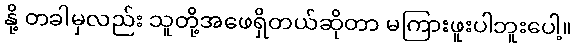
နို့ တခါမှလည်း သူတို့အဖေရှိတယ်ဆိုတာ မကြားဖူးပါဘူးပေါ့။